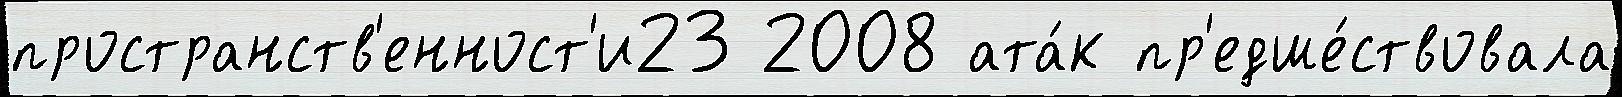
пространств'енност'и23 2008 ата́к пр'едше́ствовала